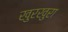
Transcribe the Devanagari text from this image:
खुरखुरा